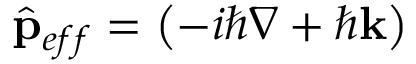
{ \hat { \mathbf { p } } } _ { e f f } = \left( - i \hbar \nabla + \hbar \mathbf { k } \right)